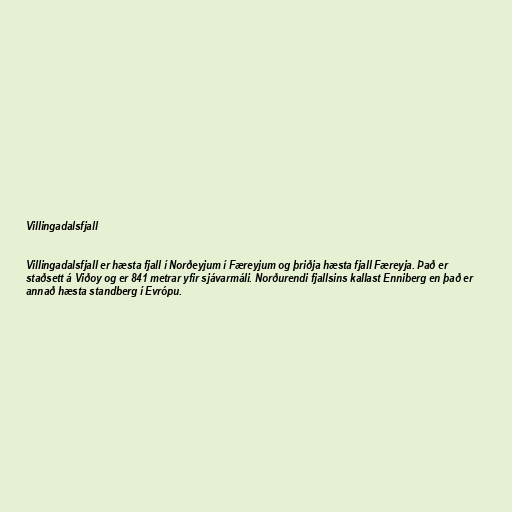
Villingadalsfjall

Villingadalsfjall er hæsta fjall í Norðeyjum í Færeyjum og þriðja hæsta fjall Færeyja. Það er
staðsett á Viðoy og er 841 metrar yfir sjávarmáli. Norðurendi fjallsins kallast Enniberg en það er
annað hæsta standberg í Evrópu.